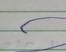
Signature authenticity: forged